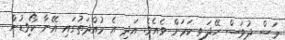
މަސް ދުވަސް ހޭދަވި ކަމަށް ވެއެވެ. އަދި އެ މުއްދަތުގައި އޭނާ ކޯވިޑުން